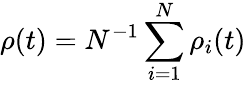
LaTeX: \rho(t)=N^{-1}\sum_{i=1}^{N}\rho_{i}(t)